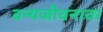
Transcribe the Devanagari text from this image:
वन्यजीवनावर